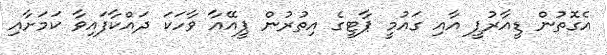
އެގޮތުން ޑީއާރުޕީ އާއި ގައުމީ ޕާޓީގެ އިތުރުން ޕީއޭއާ ވާހަކަ ދައްކާފައިވާ ކަމަށާއި